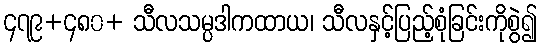
၄၇၉+၄၈၀+ သီလသမ္ပဒါကထာယ၊ သီလနှင့်ပြည့်စုံခြင်းကိုစွဲ၍